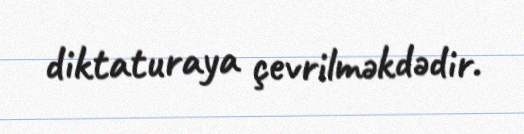
diktaturaya çevrilməkdədir.